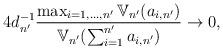
LaTeX: \begin{align*}4 d_{n'}^{-1} \frac{\max_{i = 1, \hdots, n'} \mathbb{V}_{n'}(a_{i,n'})}{ \mathbb{V}_{n'}(\sum_{i = 1}^{n'} a_{i,n'})} \to 0,\end{align*}